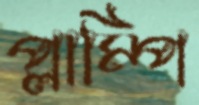
প্লাম্পি